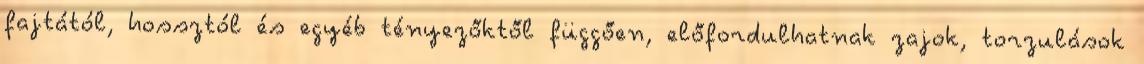
fajtától, hossztól és egyéb tényezőktől függően, előfordulhatnak zajok, torzulások